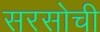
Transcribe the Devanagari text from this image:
सरसोची